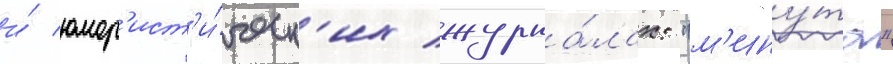
и́ юмор'ист'и́ческ'их журна́лах: "м'ину́та"